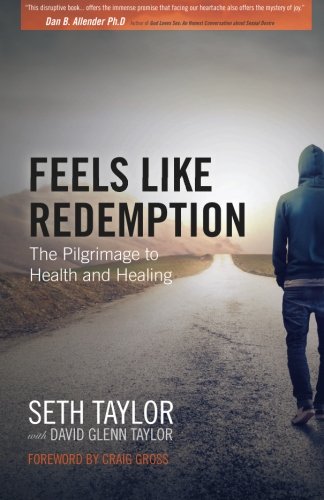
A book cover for Feels Like Redemption: The Pilgrimage To Health and Healing (My Pilgrimage); Seth Taylor; Christian Books & Bibles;